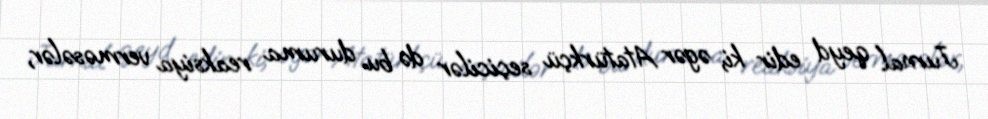
Jurnal qeyd edir ki, əgər Atatürkçü seçicilər də bu duruma reaksiya verməsələr,